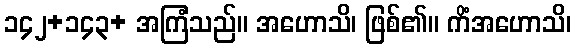
၁၄၂+၁၄၃+ အကြံသည်။ အဟောသိ၊ ဖြစ်၏။ ကိံအဟောသိ၊